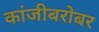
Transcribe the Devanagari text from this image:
कांजीबरोबर